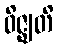
ဝိဇ္ဈတိ